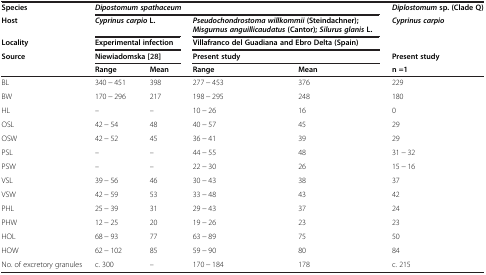
<table><thead><tr><td><b>Species</b></td><td colspan="4"><b><i>Dipostomum spathaceum</i></b></td><td><b><i>Diplostomum</i>sp. (Clade Q)</b></td></tr><tr><td><b>Host</b></td><td colspan="2"><b><i>Cyprinus carpio</i>L.</b></td><td colspan="2"><b><i>Pseudochondrostoma willkommii</i>(Steindachner);<i>Misgurnus anguillicaudatus</i>(Cantor);<i>Silurus glanis</i>L.</b></td><td><b><i>Cyprinus carpio</i></b></td></tr><tr><td><b>Locality</b></td><td colspan="2"><b>Experimental infection</b></td><td colspan="2"><b>Villafranco del Guadiana and Ebro Delta (Spain)</b></td><td>[EMPTY_CELL]</td></tr><tr><td><b>Source</b></td><td colspan="2"><b>Niewiadomska [28]</b></td><td colspan="2"><b>Present study</b></td><td><b>Present study</b></td></tr><tr><td>[EMPTY_CELL]</td><td><b>Range</b></td><td><b>Mean</b></td><td><b>Range</b></td><td><b>Mean</b></td><td><b>n =1</b></td></tr></thead><tbody><tr><td>BL</td><td>340 − 451</td><td>398</td><td>277 − 453</td><td>376</td><td>229</td></tr><tr><td>BW</td><td>170 − 296</td><td>217</td><td>198 − 295</td><td>248</td><td>180</td></tr><tr><td>HL</td><td>–</td><td>–</td><td>10 − 26</td><td>16</td><td>0</td></tr><tr><td>OSL</td><td>42 − 54</td><td>48</td><td>40 − 57</td><td>45</td><td>29</td></tr><tr><td>OSW</td><td>42 − 52</td><td>45</td><td>36 − 41</td><td>39</td><td>29</td></tr><tr><td>PSL</td><td>–</td><td>–</td><td>44 − 55</td><td>48</td><td>31 − 32</td></tr><tr><td>PSW</td><td>–</td><td>–</td><td>22 − 30</td><td>26</td><td>15 − 16</td></tr><tr><td>VSL</td><td>39 − 56</td><td>46</td><td>30 − 43</td><td>38</td><td>37</td></tr><tr><td>VSW</td><td>42 − 59</td><td>53</td><td>33 − 48</td><td>43</td><td>42</td></tr><tr><td>PHL</td><td>25 − 39</td><td>31</td><td>29 − 43</td><td>37</td><td>24</td></tr><tr><td>PHW</td><td>12 − 25</td><td>20</td><td>19 − 26</td><td>23</td><td>23</td></tr><tr><td>HOL</td><td>68 − 93</td><td>77</td><td>63 − 89</td><td>75</td><td>50</td></tr><tr><td>HOW</td><td>62 − 102</td><td>85</td><td>59 − 90</td><td>80</td><td>84</td></tr><tr><td>No. of excretory granules</td><td>c. 300</td><td>–</td><td>170 − 184</td><td>178</td><td>c. 215</td></tr></tbody></table>